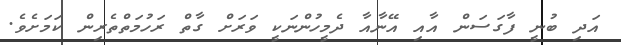
އަދި ބުނީ ފާގަސަން އާއި އޭނާއާ ދެމީހުންނަކީ ވަރަށް ގާތް ރަހުމަތްތެރިން ކަމަށެވެ.